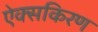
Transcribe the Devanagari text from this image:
ऐक्सकिरण